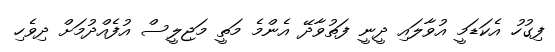
ފިގުހު އެކަޑަމީ އުވާލައި ދީނީ ފަތުވާދޭ އެންމެ މަތީ މަޖިލީސް އުފެއްދުމަށް ދިވެހި